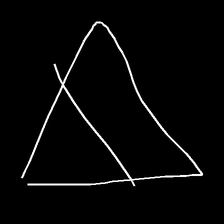
Glyph: empower